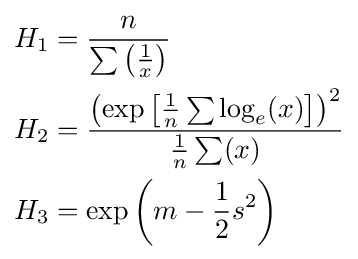
{\begin{aligned}H_{1}&={\frac {n}{\sum \left({\frac {1}{x}}\right)}}\\H_{2}&={\frac {\left(\exp \left[{\frac {1}{n}}\sum \log _{e}(x)\right]\right)^{2}}{{\frac {1}{n}}\sum (x)}}\\H_{3}&=\exp \left(m-{\frac {1}{2}}s^{2}\right)\end{aligned}}